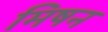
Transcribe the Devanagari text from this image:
मिषन